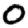
Digit: 0